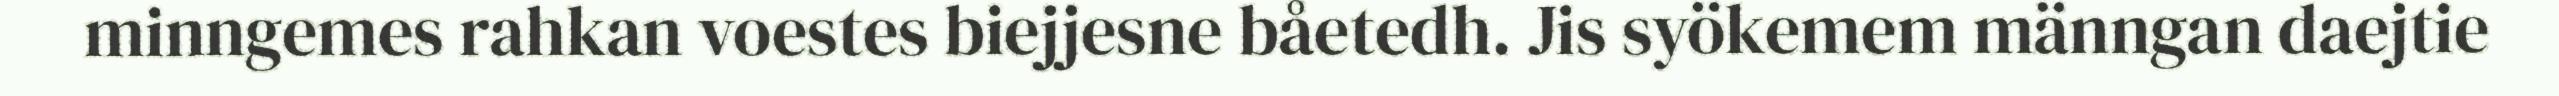
minngemes rahkan voestes biejjesne båetedh. Jis syökemem männgan daejtie